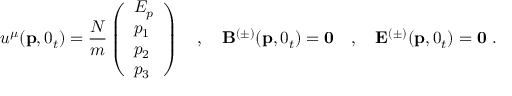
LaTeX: u ^ { \mu } ( { \bf p } , 0 _ { t } ) = { \frac { N } { m } } \left( \begin{array} { l } { { E _ { p } } } \\ { { p _ { 1 } } } \\ { { p _ { 2 } } } \\ { { p _ { 3 } } } \end{array} \right) \quad , \quad { \bf B } ^ { ( \pm ) } ( { \bf p } , 0 _ { t } ) = { \bf 0 } \quad , \quad { \bf E } ^ { ( \pm ) } ( { \bf p } , 0 _ { t } ) = { \bf 0 } \, \, .